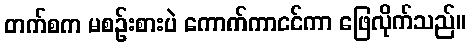
တက်စက မစဉ်းစားပဲ ကောက်ကာငင်ကာ ဖြေလိုက်သည်။